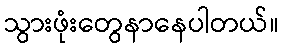
သွားဖုံးတွေနာနေပါတယ်။